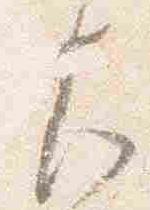
左